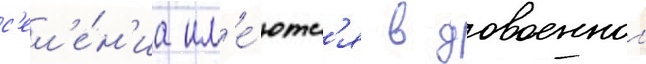
с'ел'е́н'иа им'е́ютс'я в довоеннои